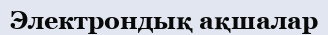
Электрондық ақшалар